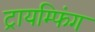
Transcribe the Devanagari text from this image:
ट्रायम्फिंग